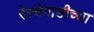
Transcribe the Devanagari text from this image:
रेल्वेगाडीच्या